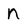
Character: n